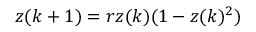
z ( k + 1 ) = r z ( k ) ( 1 - z ( k ) ^ { 2 } )